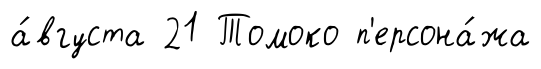
а́вгуста 21 Томоко п'ерсона́жа